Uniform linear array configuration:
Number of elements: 8
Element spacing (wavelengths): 1
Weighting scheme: hamming
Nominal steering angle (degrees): -60
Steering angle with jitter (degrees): -59.789
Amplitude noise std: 0.05
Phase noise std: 0.05

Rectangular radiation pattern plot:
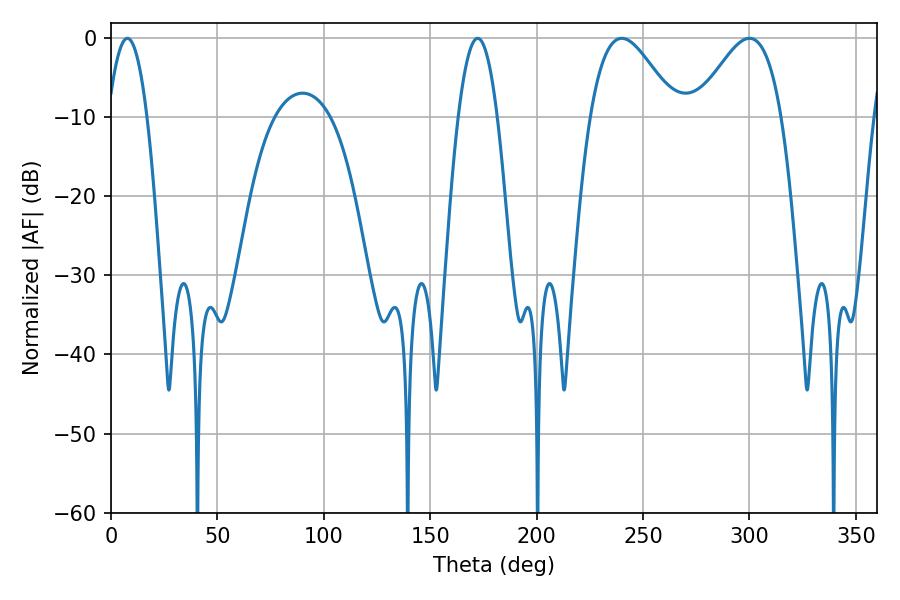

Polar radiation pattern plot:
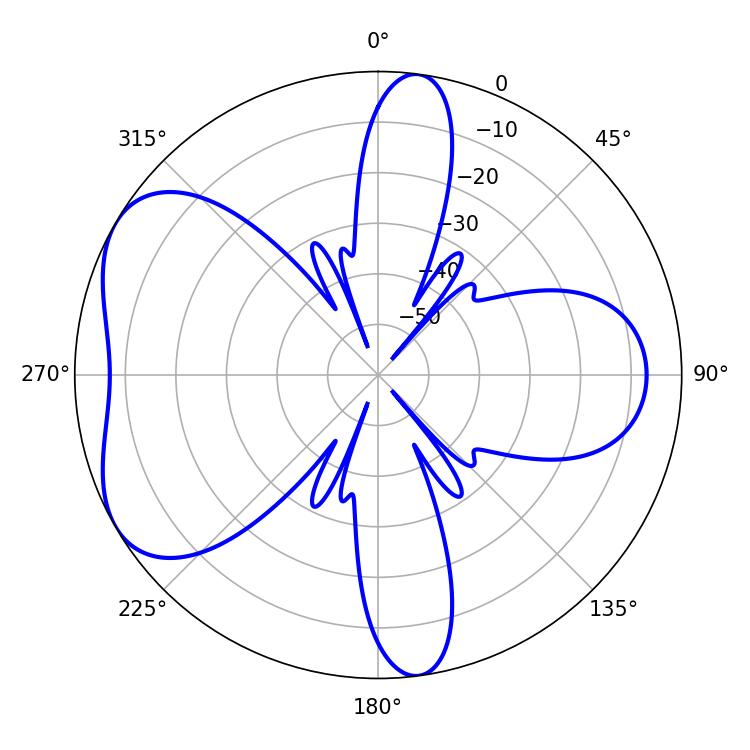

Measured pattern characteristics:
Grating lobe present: TRUE
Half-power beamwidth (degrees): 21.6
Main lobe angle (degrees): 239.94